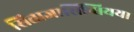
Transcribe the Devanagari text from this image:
सिताजासिन्धियया